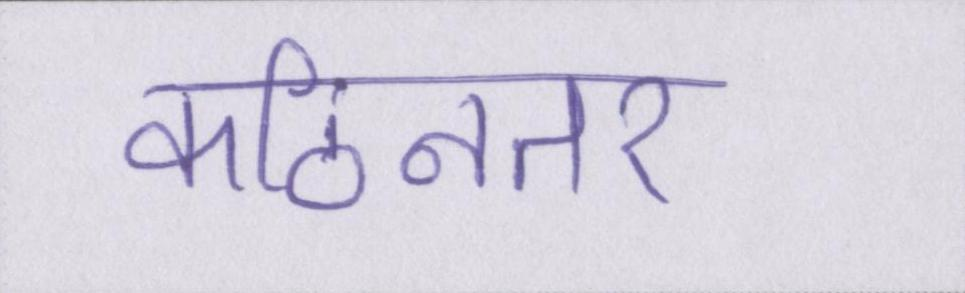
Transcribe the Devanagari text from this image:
कठिनतर